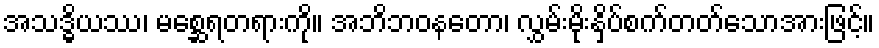
အသဒ္ဓိယဿ၊ မစ္ဆေရတရားကို။ အဘိဘဝနတော၊ လွှမ်းမိုးနှိပ်စက်တတ်သောအားဖြင့်။